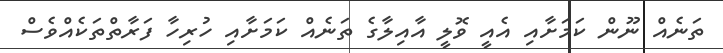
ތަނެއް ނޫން ކަމަށާއި އެއީ ވޮލީ އާއިލާގެ ތަނެއް ކަމަށާއި ހުރިހާ ފަރާތްތަކެއްވެސް